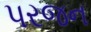
પરજન